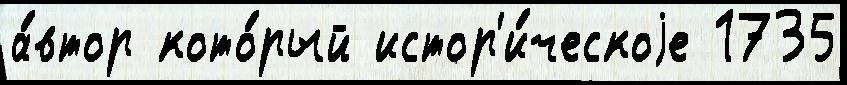
а́втор кото́рый истор'и́ческоjе 1735